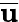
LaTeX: \overline{{\mathbf{u}}}